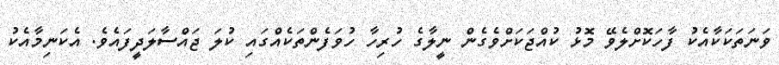
ވަނަތަކަކާއެކު ފާހަކޮށްލެވޭ މޮޅު ކުއްޖަކަށްވެގެން ނީލާގެ ހުރިހާ ހުވަފެންތަކެއްގައި ކުލަ ޖައްސާލަދީފައެވެ. އެކަނިމާއެކު